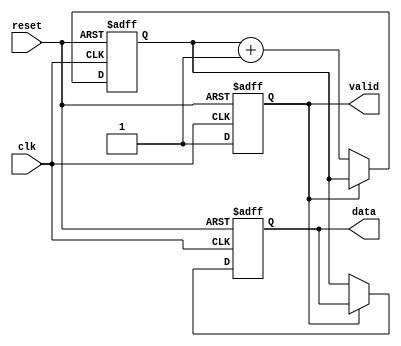
module producer (
    input wire clk,
    input wire reset,
    output reg [7:0] data,
    output reg valid
);
    reg [7:0] counter; // Simple counter for data generation

    always @(posedge clk or posedge reset) begin
        if (reset) begin
            counter <= 8'b0;
            valid <= 1'b0;
            data <= 8'b0;
        end else begin
            // Produce new data every clock cycle, if valid is low
            if (!valid) begin
                data <= counter; // Assign counter value to data
                valid <= 1'b1;   // Set valid high to indicate data is ready
                counter <= counter + 1; // Increment counter for next data
            end
        end
    end
endmodule